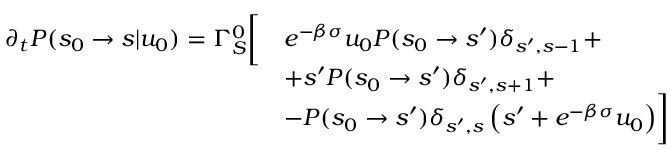
\begin{array} { r l } { \partial _ { t } P ( s _ { 0 } \to s | u _ { 0 } ) = \Gamma _ { S } ^ { 0 } \biggl [ } & { e ^ { - \beta \sigma } u _ { 0 } P ( s _ { 0 } \to s ^ { \prime } ) \delta _ { s ^ { \prime } , s - 1 } + } \\ & { + s ^ { \prime } P ( s _ { 0 } \to s ^ { \prime } ) \delta _ { s ^ { \prime } , s + 1 } + } \\ & { - P ( s _ { 0 } \to s ^ { \prime } ) \delta _ { s ^ { \prime } , s } \left( s ^ { \prime } + e ^ { - \beta \sigma } u _ { 0 } \right) \biggr ] } \end{array}